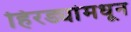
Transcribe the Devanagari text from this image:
हिरड्यांमधून